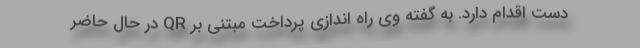
دست اقدام دارد. به گفته وی راه اندازی پرداخت مبتنی بر QR در حال حاضر